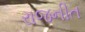
રાજનીત